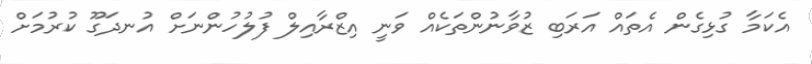
އެކަމާ ގުޅިގެން އެތައް އަރަބި ޒުވާނުންތަކެއް ވަނީ އިޒްރާއިލް ފުލުހުންނަށް އުނދަގޫ ކުރުމަށް